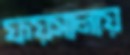
ফয়সালায়